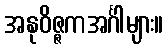
အနုဝိဇ္ဇကအင်္ဂါများ။